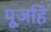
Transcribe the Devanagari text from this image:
पूजहि